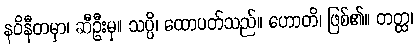
နဝိနီတမှာ၊ ဆီဦးမှ။ သပ္ပိ၊ ထောပတ်သည်။ ဟောတိ၊ ဖြစ်၏။ တတ္ထ၊